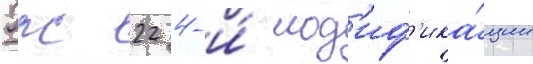
Рлс 22 4-и́ мод'иф'ика́ции